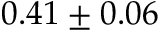
0 . 4 1 \pm 0 . 0 6